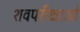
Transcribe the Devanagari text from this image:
शवपरीक्षाओं